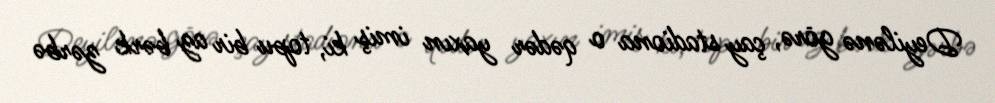
Deyilənə görə, çay stadiona o qədər yaxın imiş ki, topu bir az bərk zərbə